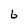
Character: 6